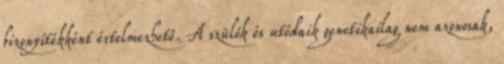
bizonyítékként értelmezhető. A szülők és utódaik genetikailag nem azonosak,